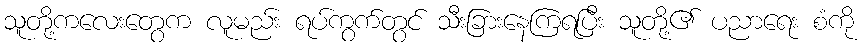
သူတို့ကလေးတွေက လူမည်း ရပ်ကွက်တွင် သီးခြားနေကြရပြီး သူတို့၏ ပညာရေး စံကို